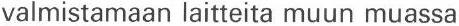
valmistamaan laitteita muun muassa